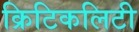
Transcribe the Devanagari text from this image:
क्रिटिकलिटी